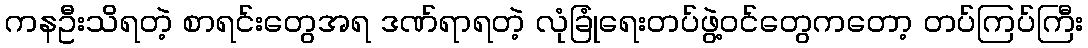
ကနဦးသိရတဲ့ စာရင်းတွေအရ ဒဏ်ရာရတဲ့ လုံခြုံရေးတပ်ဖွဲ့ဝင်တွေကတော့ တပ်ကြပ်ကြီး